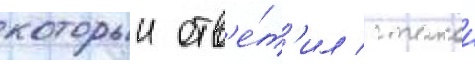
которыи отв'е́т'ил с такои